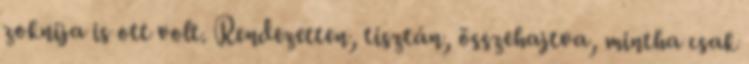
zoknija is ott volt. Rendezetten, tisztán, összehajtva, mintha csak